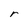
Character: r